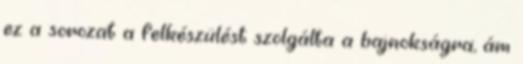
ez a sorozat a felkészülést szolgálta a bajnokságra, ám